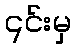
၎င်းမှ